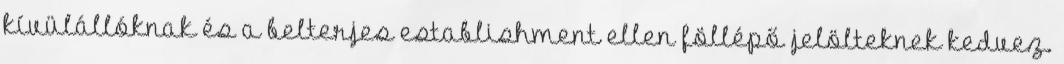
kívülállóknak és a belterjes establishment ellen föllépő jelölteknek kedvez.